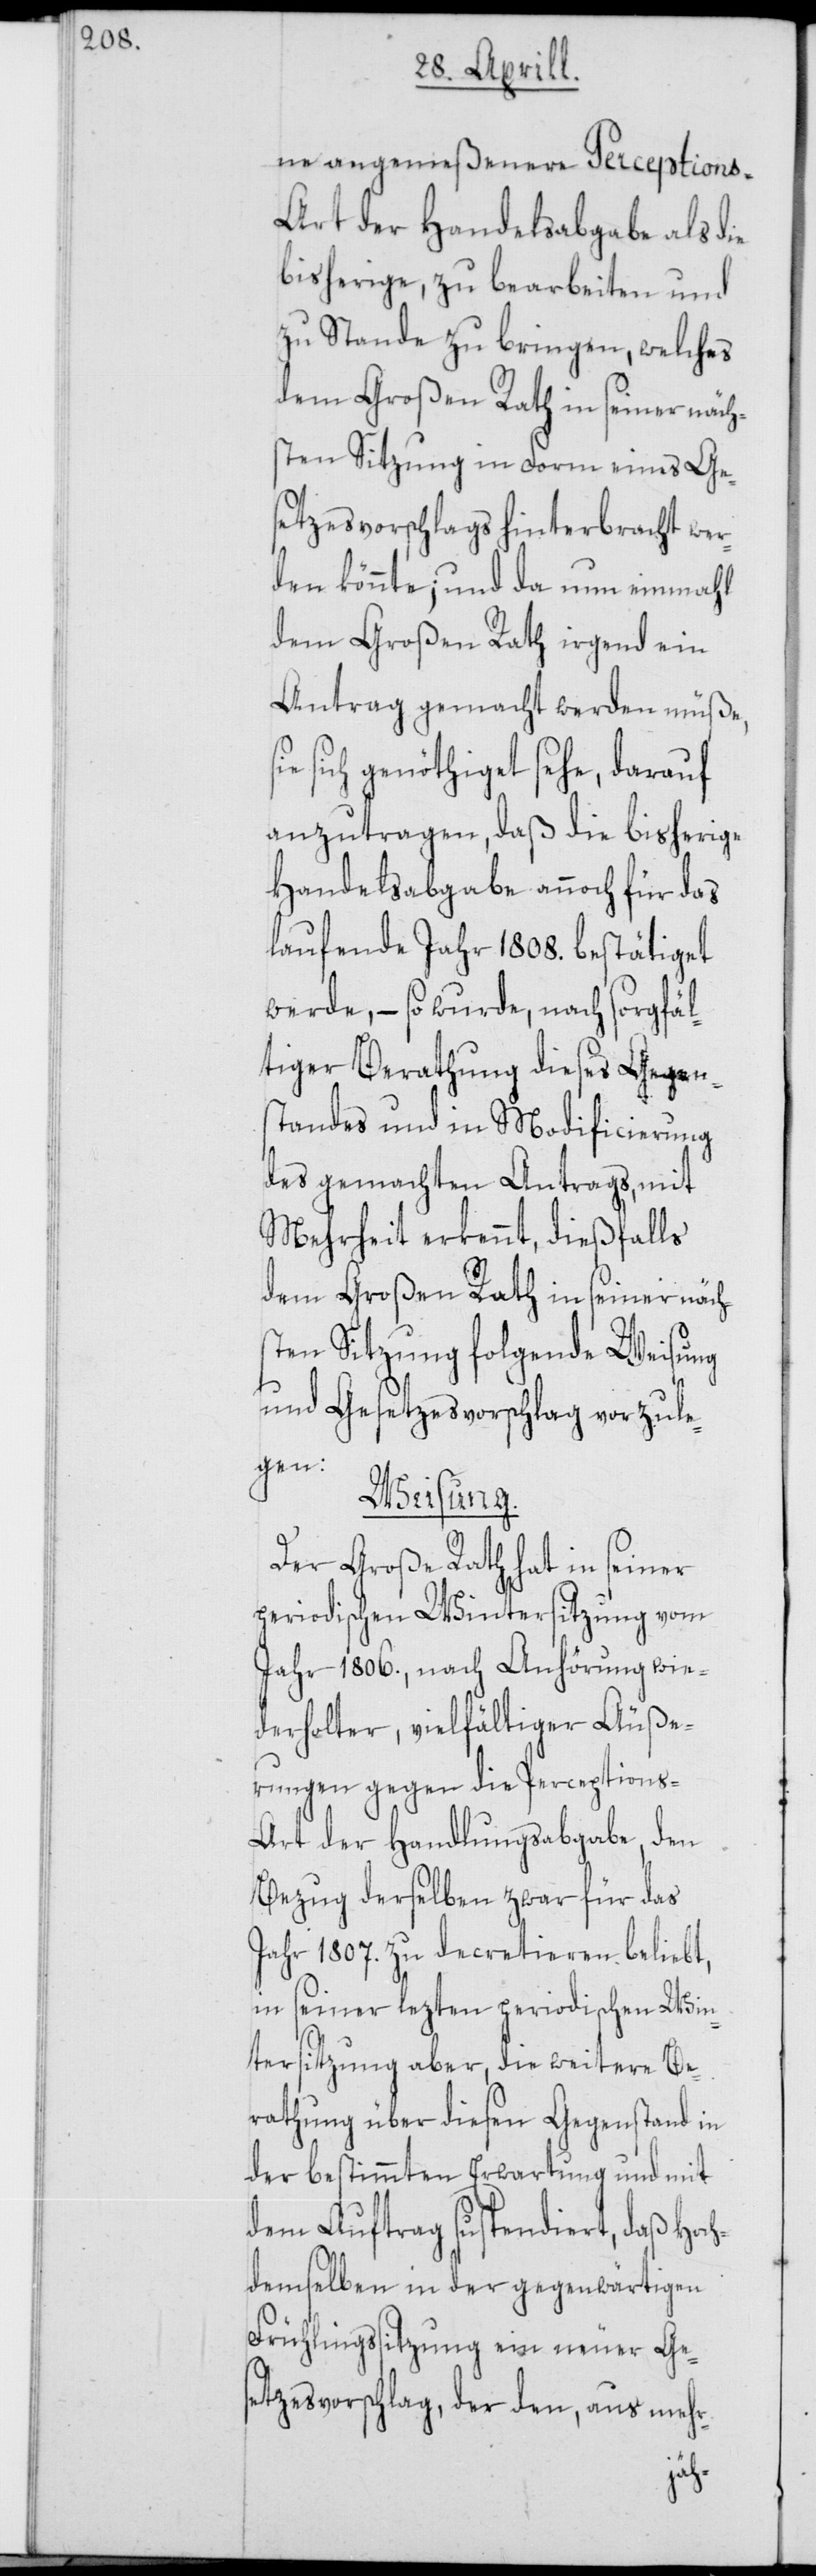
ne angemeßenere Perceptions-A¬
rt der Handeslabgabe als die
bisherige, zu bearbeiten und
zu Stande zu bringen, welches
dem Großen Rath in seiner näch¬
sten Sitzung in Form eines Ges¬
etzesvorschlags hinterbracht wer¬
den könnte; und da nun einmahl
dem Großen Rath irgend ein
Antrag gemacht werden müße,
sich genöthiget sehe, darauf
anzutragen, daß die bisherige
Handeslabgabe annoch für das
laufende Jahr 1808. bestätiget
werde, – so wurde, nach sorgfäl¬
tiger Berathung dieses Gegen¬
standes und in Modificierung
des gemachten Antrags, mit
Mehrheit erkennt, dießfalls
dem Großen Rath in seiner näch¬
sten Sitzung folgende Weisung
und Gesetzesvorschlag vorzule¬
gen:
Weisung
Der Große Rath hat in seiner
periodischen Wintersitzung vom
Jahr 1806., nach Anhörung wie¬
derholter, vielfältiger Äuße¬
rungen gegen die Perceptions-A¬
rt der Handlungsabgabe, den
Bezug derselben zwar für das
Jahr 1807. zu decretieren beliebt,
in seiner lezten periodischen Win¬
tersitzung aber, die weitere Be¬
rathung über diesen Gegenstand in
der bestimmten Erwartung und mit
dem Auftrag suspendiert, daß Hoc¬
demselben in der gegenwärtigen
Frühlingssitzung ein neuer Ge¬
setzesvorschlag, der den, aus mehr-
h¬